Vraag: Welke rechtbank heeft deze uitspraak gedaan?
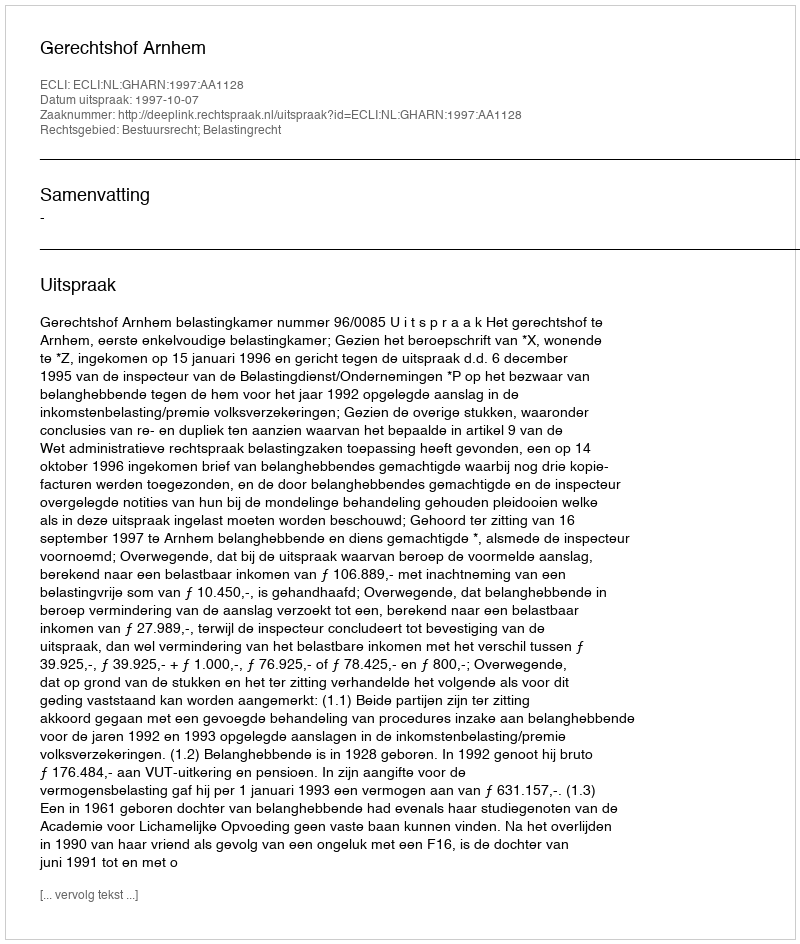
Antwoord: Gerechtshof Arnhem